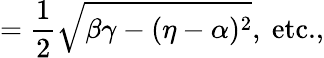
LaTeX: =\frac{1}{2}\sqrt{\beta\gamma-(\eta-\alpha)^{2}},\ \textrm{etc.,}